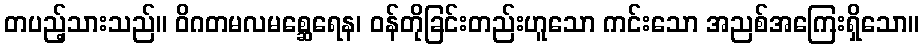
တပည့်သားသည်။ ဝိဂတမလမစ္ဆေရေန၊ ဝန်တိုခြင်းတည်းဟူသော ကင်းသော အညစ်အကြေးရှိသော။